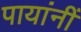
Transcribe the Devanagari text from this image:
पायांनीं